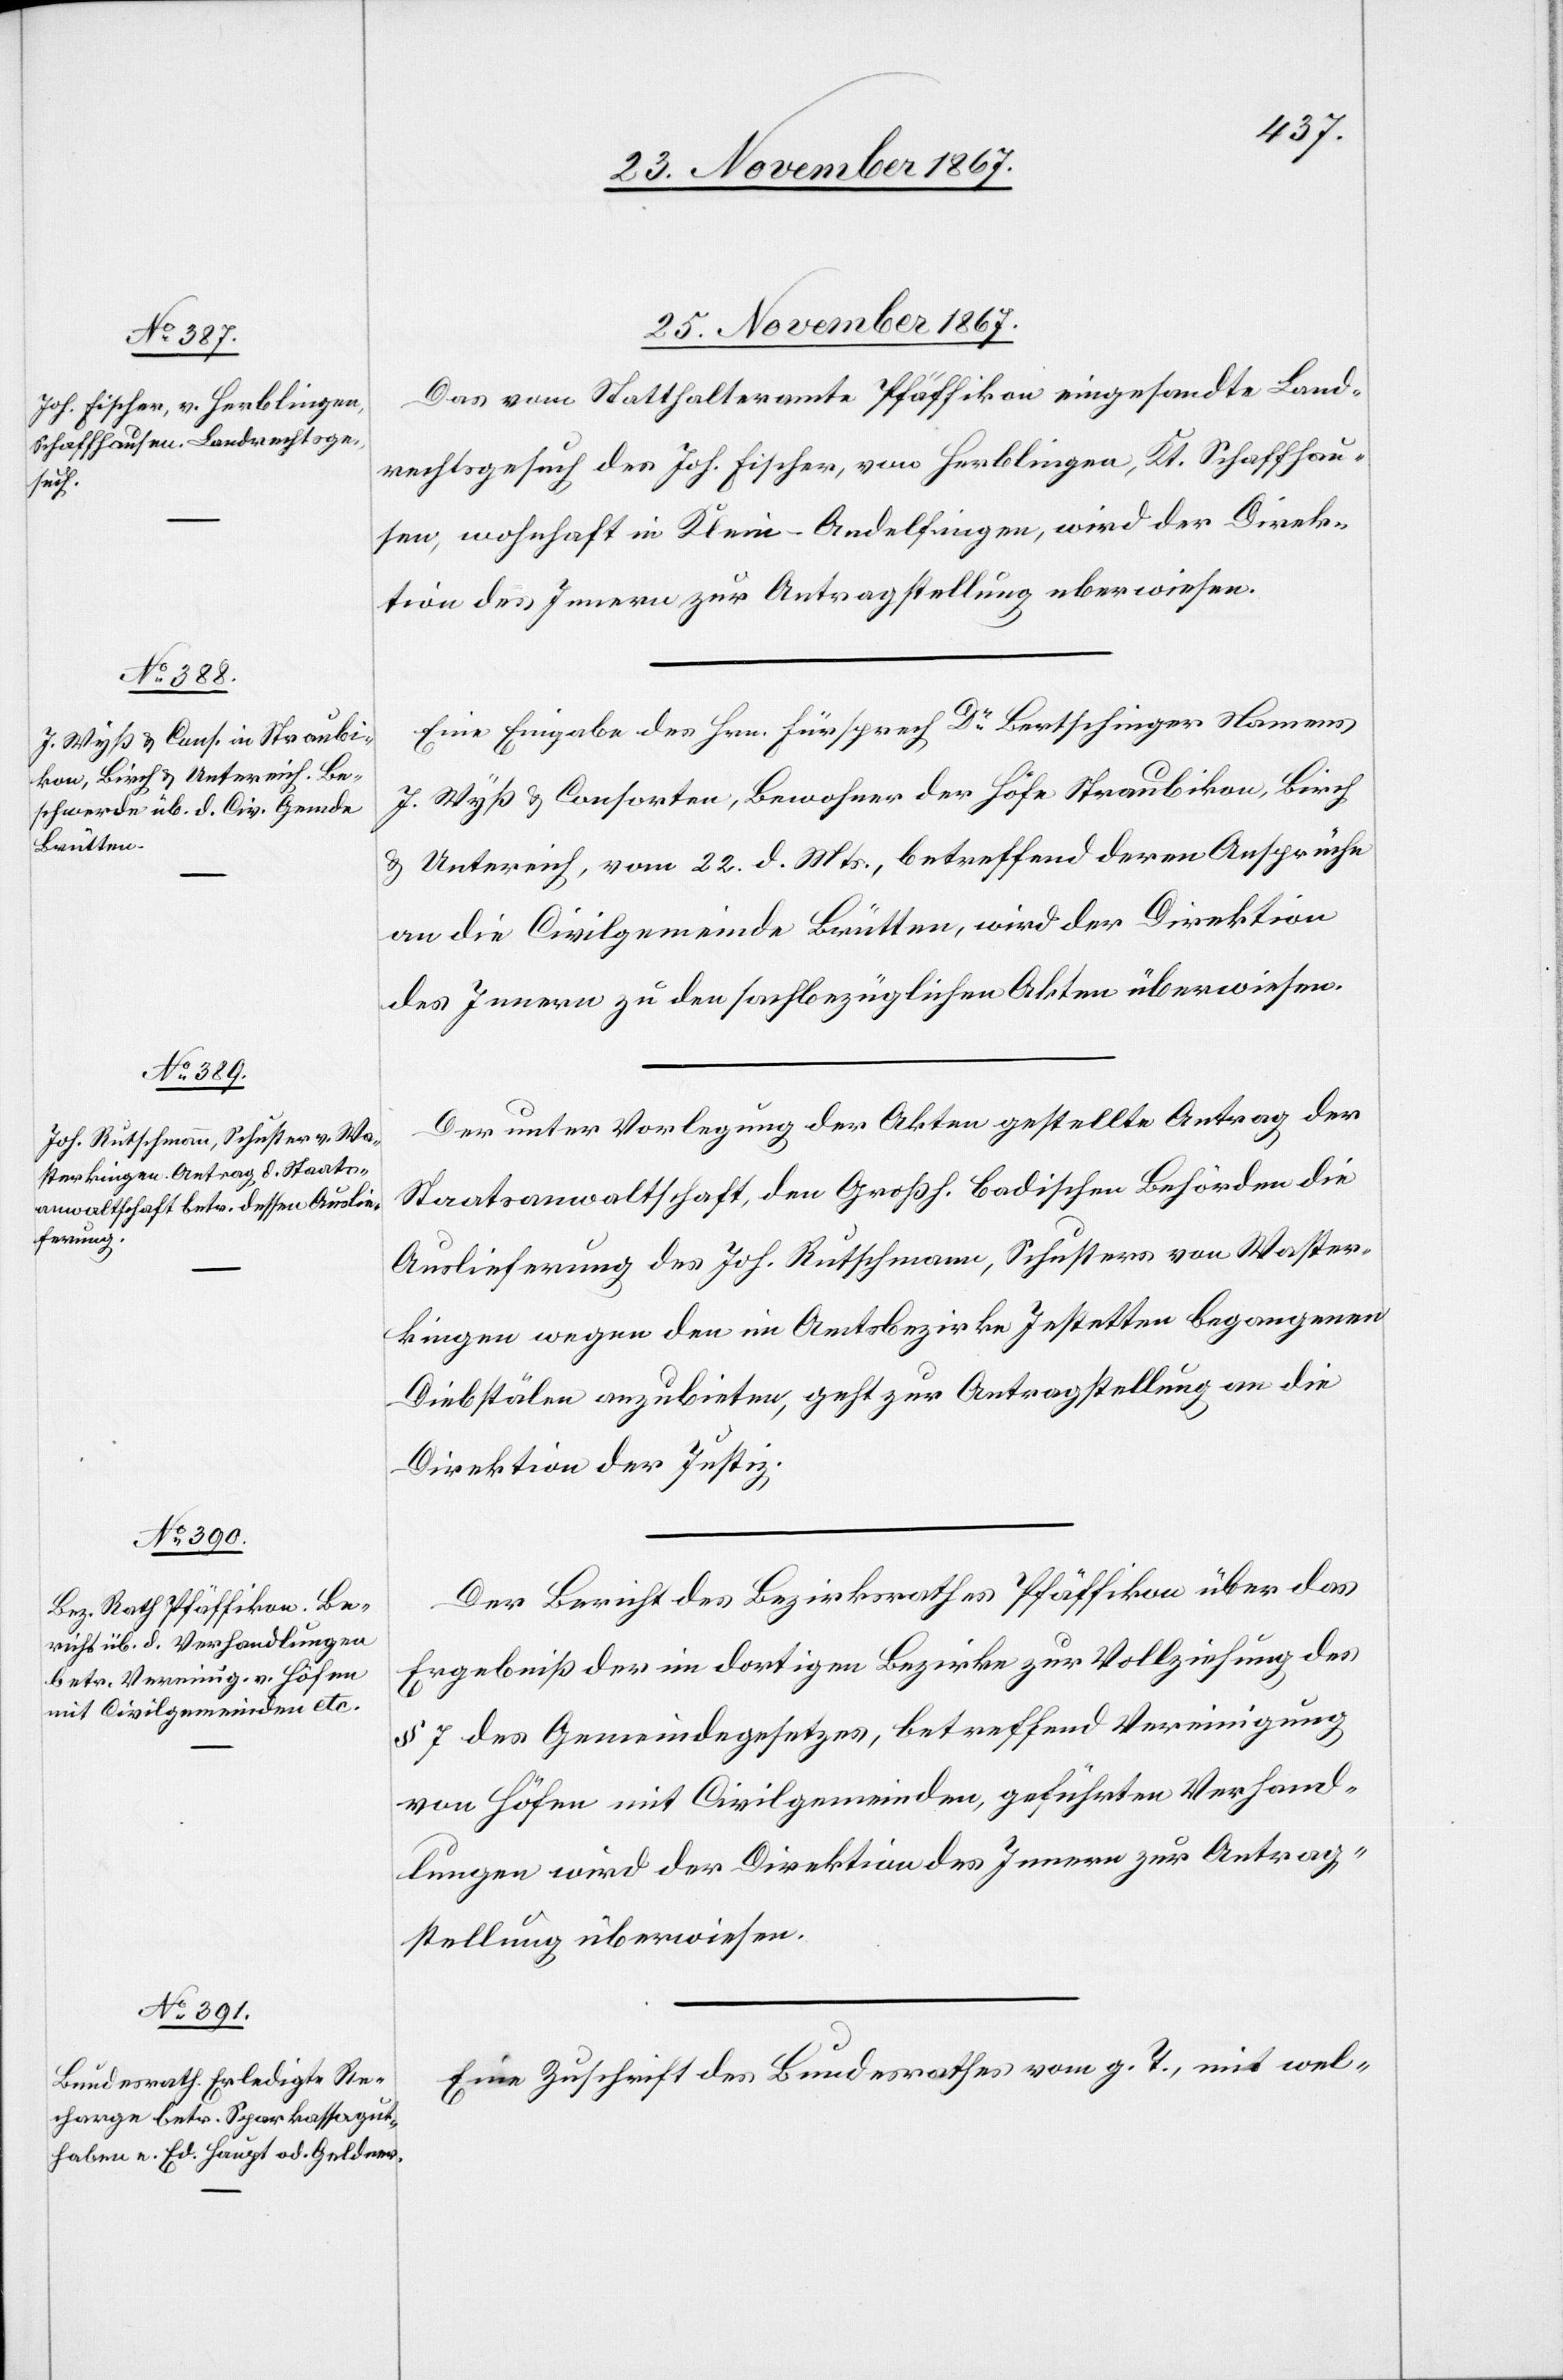
25. November 1867.]
Das vom Statthalteramte Pfäffikon eingesandte Land¬
rechtsgesuch des Joh. Fischer, von Herblingen, Kt. Schaffhau¬
sen, wohnhaft in Klein-Andelfingen, wird der Direk¬
tion des Innern zur Antragstellung überwiesen.
Eine Eingabe des Hrn. Fürsprech Dr. Bertschinger Namens
J. Wyß u. Consorten, Bewohner der Höfe Straubikon, Birch
u. Untereich, vom 22. d. Mts., betreffend deren Ansprüche
an die Civilgemeinde Brütten, wird der Direktion
des Innern zu den sachbezüglichen Akten überwiesen.
Der unter Vorlegung der Akten gestellte Antrag der
Staatsanwaltschaft, den Großh. Badischen Behörden die
Auslieferung des Joh. Rutschmann, Schusters von Waster¬
kingen wegen den im Amtsbezirke Instetten begangenen
Diebstälen anzubieten, geht zur Antragstellung an die
Direktion der Justiz:
Der Bericht des Bezirksrathes Pfäffikon über das
Ergebniß der im dortigen Bezirke zur Vollziehung des
§ 7 des Gemeindegesetzes, betreffend Vereinigung
von Höfen mit Civilgemeinden, geführten Verhand¬
lungen wird der Direktion des Innern zur Antrag¬
stellung überwiesen.
Eine Zuschrift des Bundesrathes vom g. T., mit wel-